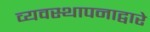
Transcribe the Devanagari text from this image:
व्यवस्थापनाद्वारे